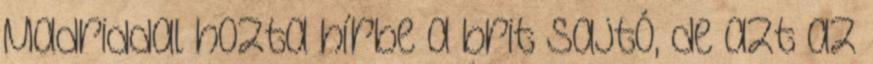
Madriddal hozta hírbe a brit sajtó, de azt az